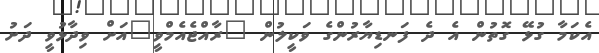
އެކަމާ ގުޅޭ ގޮތުން އެ ދެ ފަނޑިޔާރުންގެ ވަކީލުން "ރާއްޖެއެމްވީ"އަށް ވިދާޅުވީ ދަށު